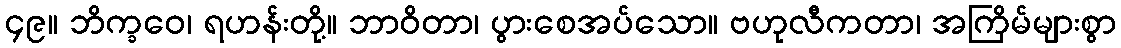
၄၉။ ဘိက္ခဝေ၊ ရဟန်းတို့။ ဘာဝိတာ၊ ပွားစေအပ်သော။ ဗဟုလီကတာ၊ အကြိမ်များစွာ